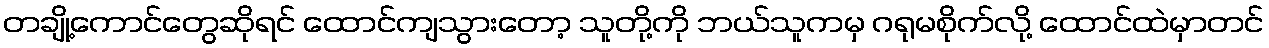
တချို့ကောင်တွေဆိုရင် ထောင်ကျသွားတော့ သူတို့ကို ဘယ်သူကမှ ဂရုမစိုက်လို့ ထောင်ထဲမှာတင်